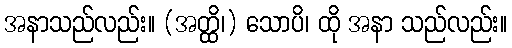
အနာသည်လည်း။ (အတ္ထိ၊) သောပိ၊ ထို အနာ သည်လည်း။